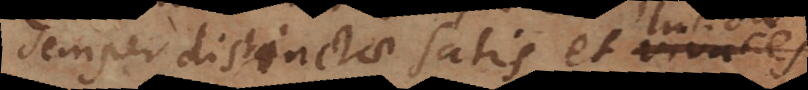
semper distinctae satis et lucid